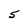
Character: 5